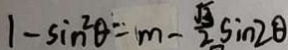
1 - \sin ^ { 2 } \theta = m - \frac { \sqrt { 3 } } { 2 } \sin 2 \theta